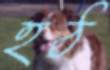
হঠ